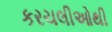
કરચલીઓથી